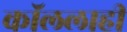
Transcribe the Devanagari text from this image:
कॉललाही